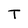
Character: T